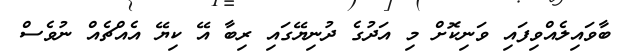
ބާވައިލެއްވިފައި ވަނިކޮށް މި އަދުގެ ދުނިޔޭގައި ރިބާ އޭ ކިޔޭ އެއްޗެއް ނުވެސް